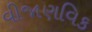
વીજાણવિક